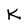
Character: K